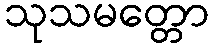
သုသမတ္တော